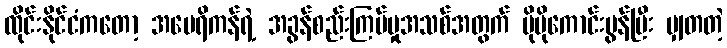
ထိုင်းနိုင်ငံကတော့ အမေရိကန်ရဲ့ အခွန်စည်းကြပ်မှုအသစ်အတွက် ပိုမိုကောင်းမွန်ပြီး မျှတတဲ့